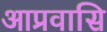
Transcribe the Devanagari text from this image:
आप्रवासि